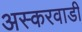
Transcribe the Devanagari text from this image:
अस्करवाडी